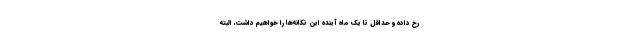
رخ داده و حداقل تا یک ماه آینده این تکانه‌ها را خواهیم داشت، البته